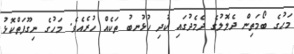
މަހުގެ ބޯމަތިން ދެލޮލުގެ ދެމެދުގައި ކުދި ހުޅުނބު ތަކެއް ހުރެއެވެ. މަހުގެ ނިގޫފަތްކޮޅު